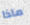
ماذا